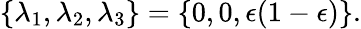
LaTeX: \{ \lambda_{1},\lambda_{2},\lambda_{3}\} =\{ 0,0,\epsilon(1-\epsilon)\} .